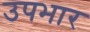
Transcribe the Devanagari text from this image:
उपभार